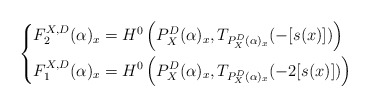
\begin{align*}\left \{ \begin{aligned} F_2^{X, D}(\alpha)_x &= H^0\left(P^D_X(\alpha)_x, T_{P^D_X(\alpha)_x}(-[s(x)])\right) \\F_1^{X, D}(\alpha)_x &= H^0\left(P^D_X(\alpha)_x, T_{P^D_X(\alpha)_x}(-2[s(x)]) \right) \end{aligned} \right .\end{align*}